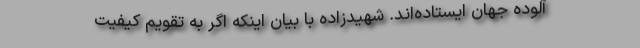
آلوده جهان ایستاده‌اند. شهیدزاده با بیان اینکه اگر به تقویم کیفیت